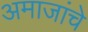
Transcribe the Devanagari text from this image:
अमाजांचे